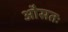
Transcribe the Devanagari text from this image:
औसतः